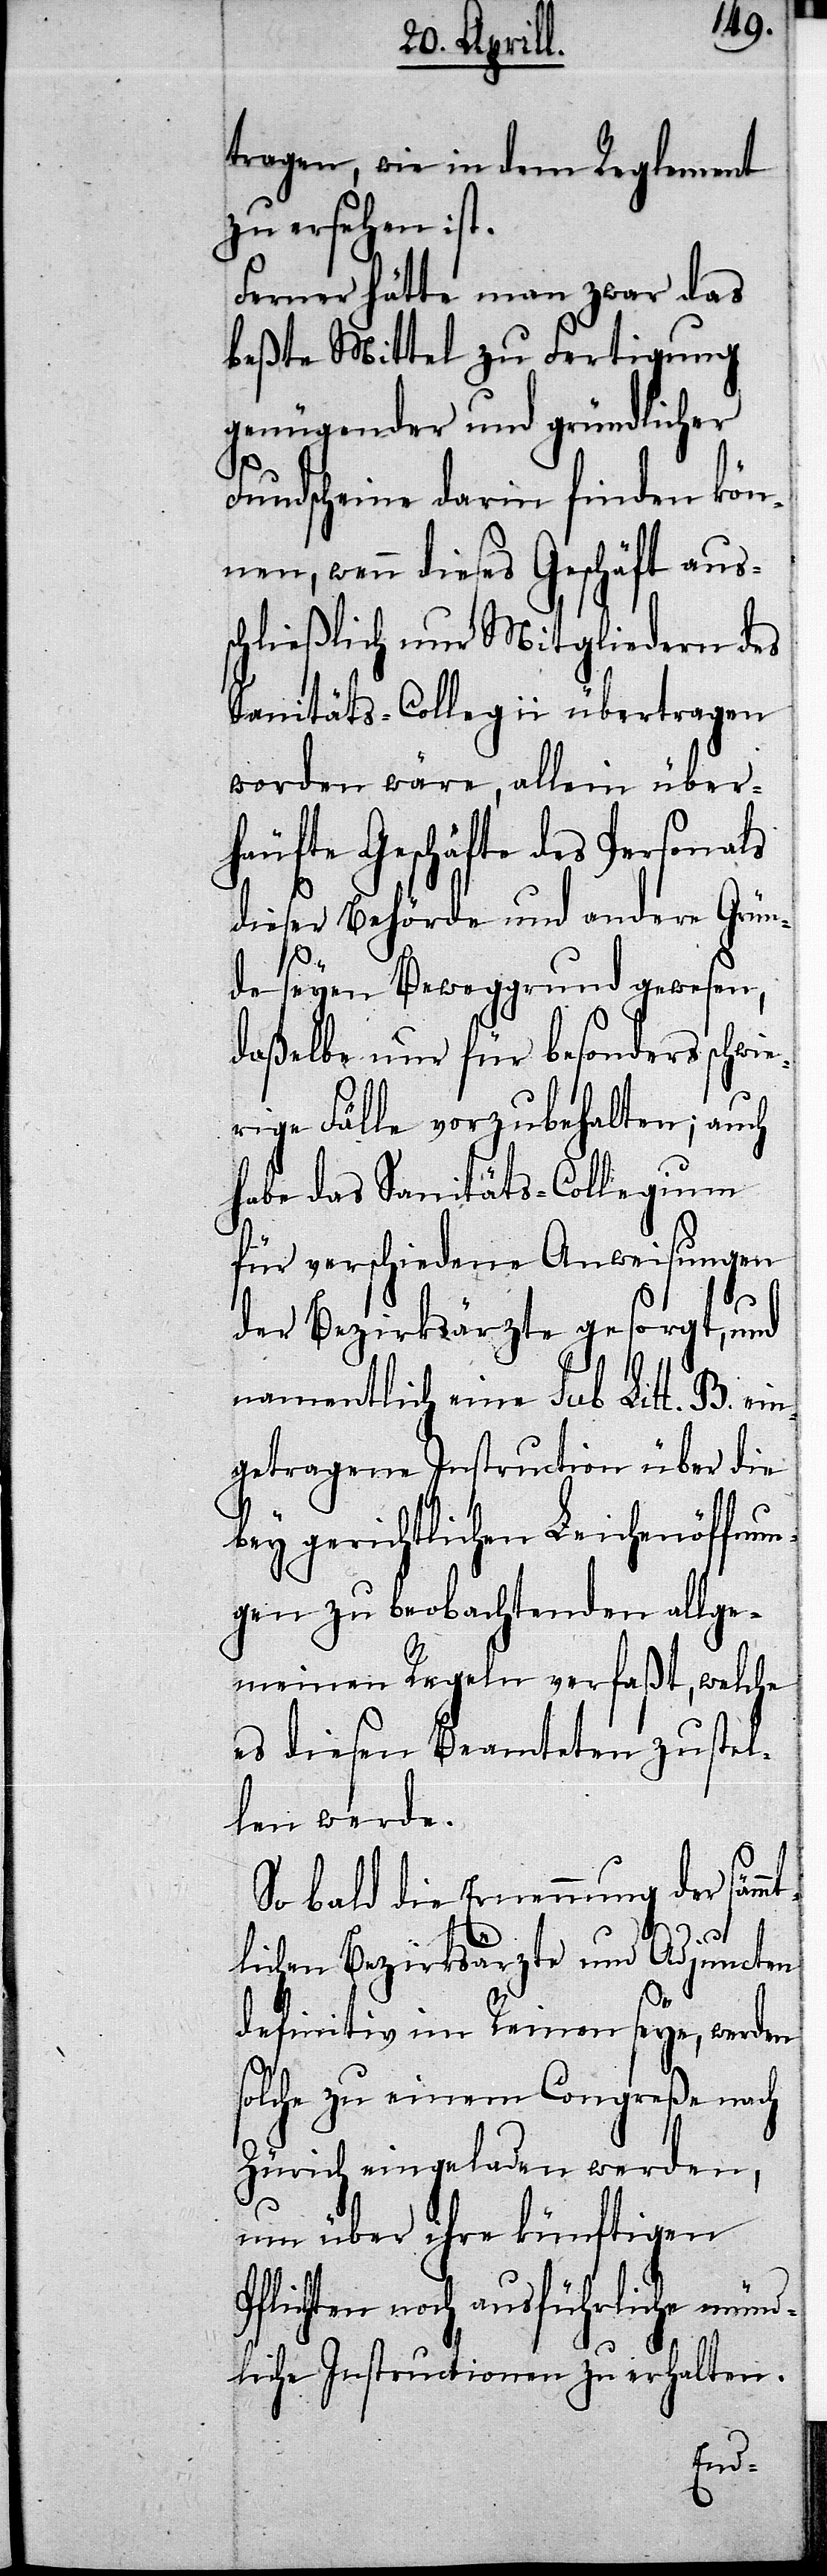
tragen, wie in dem Reglement
zu ersehen ist.
Ferner hätte man zwar das
beßte Mittel zu Fertigung
genügender und gründlicher
Fundscheine darin finden kön¬
nen, wenn dieses Geschäft auss¬
chließlich nur Mitglieder des
Sanitäts-Collegii übertragen
worden wäre, allein über¬
häufte Geschäfte des Personals
dieser Behörde und andere Grün¬
de seyen Beweggrund gewesen,
daßelbe nur für besonders schwi¬
erige Fälle vorzubehalten; auch
habe das Sanitäts-Collegium
für verschiedene Anweisungen
der Bezirksärzte gesorgt, und
namentlich eine sub. Litt.
getragene Instruction über die
bey gerichtlichen Leichenöffnun¬
gen zu beobachtenden allge¬
meinen Regeln verfaßt, welche
es diesen Beamteten zustel¬
len werde.
So bald die Ernennung der sämmt¬
lichen Bezirksärzte und Adjuncten
B.
definitiv im Reinen seye, werden
solche zu einem Congreße nach
Zürich eingeladen werden,
um über ihre künftigen
Pflichten noch ausführliche münd¬
liche Instructionen zu erhalten.
ein¬